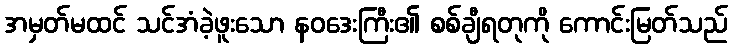
အမှတ်မထင် သင်အံခဲ့ဖူးသော နဝဒေးကြီး၏ စစ်ချီရတုကို ကောင်းမြတ်သည်